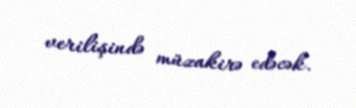
verilişində müzakirə edəcək.